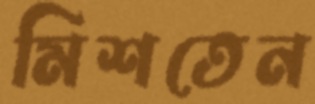
মিশতেন